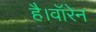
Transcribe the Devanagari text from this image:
है।वॉरेन